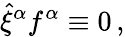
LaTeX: \hat{\xi}^{\alpha}f^{\alpha}\equiv 0\, ,